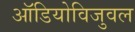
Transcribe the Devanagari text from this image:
ऑडियोविजुवल